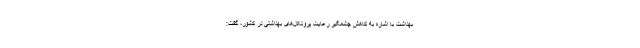
بهداشت با اشاره به کاهش چشمگیر رعایت پروتکل‌های بهداشتی در کشور، گفت: